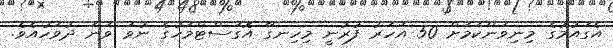
އެގައުމުގެ މިނިވަންކަމަށް 50 އަހަރު ފުރުނީ މިހިނގާ އޮގަސްޓްމަހުގެ ނުވަ ވަނަ ދުވަހުއެވެ.